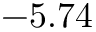
- 5 . 7 4